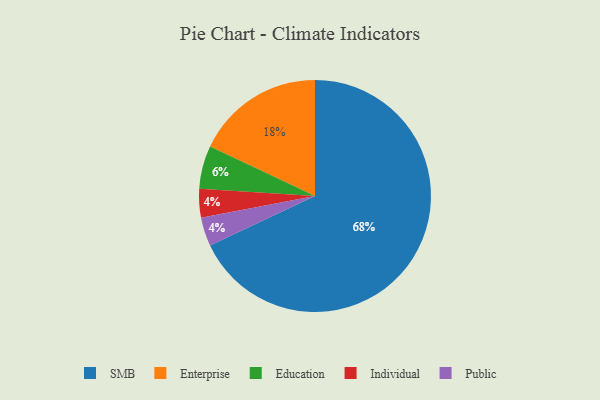
{"axis": {"x": "Category", "y": "Percentage"}, "legend": ["Education", "Enterprise", "Individual", "Public", "SMB"], "data": [{"x": "Individual", "y": 4, "type": "Individual"}, {"x": "Enterprise", "y": 18, "type": "Enterprise"}, {"x": "SMB", "y": 68, "type": "SMB"}, {"x": "Education", "y": 6, "type": "Education"}, {"x": "Public", "y": 4, "type": "Public"}]}